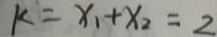
k = x _ { 1 } + x _ { 2 } = 2